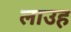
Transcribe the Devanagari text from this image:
लाउह